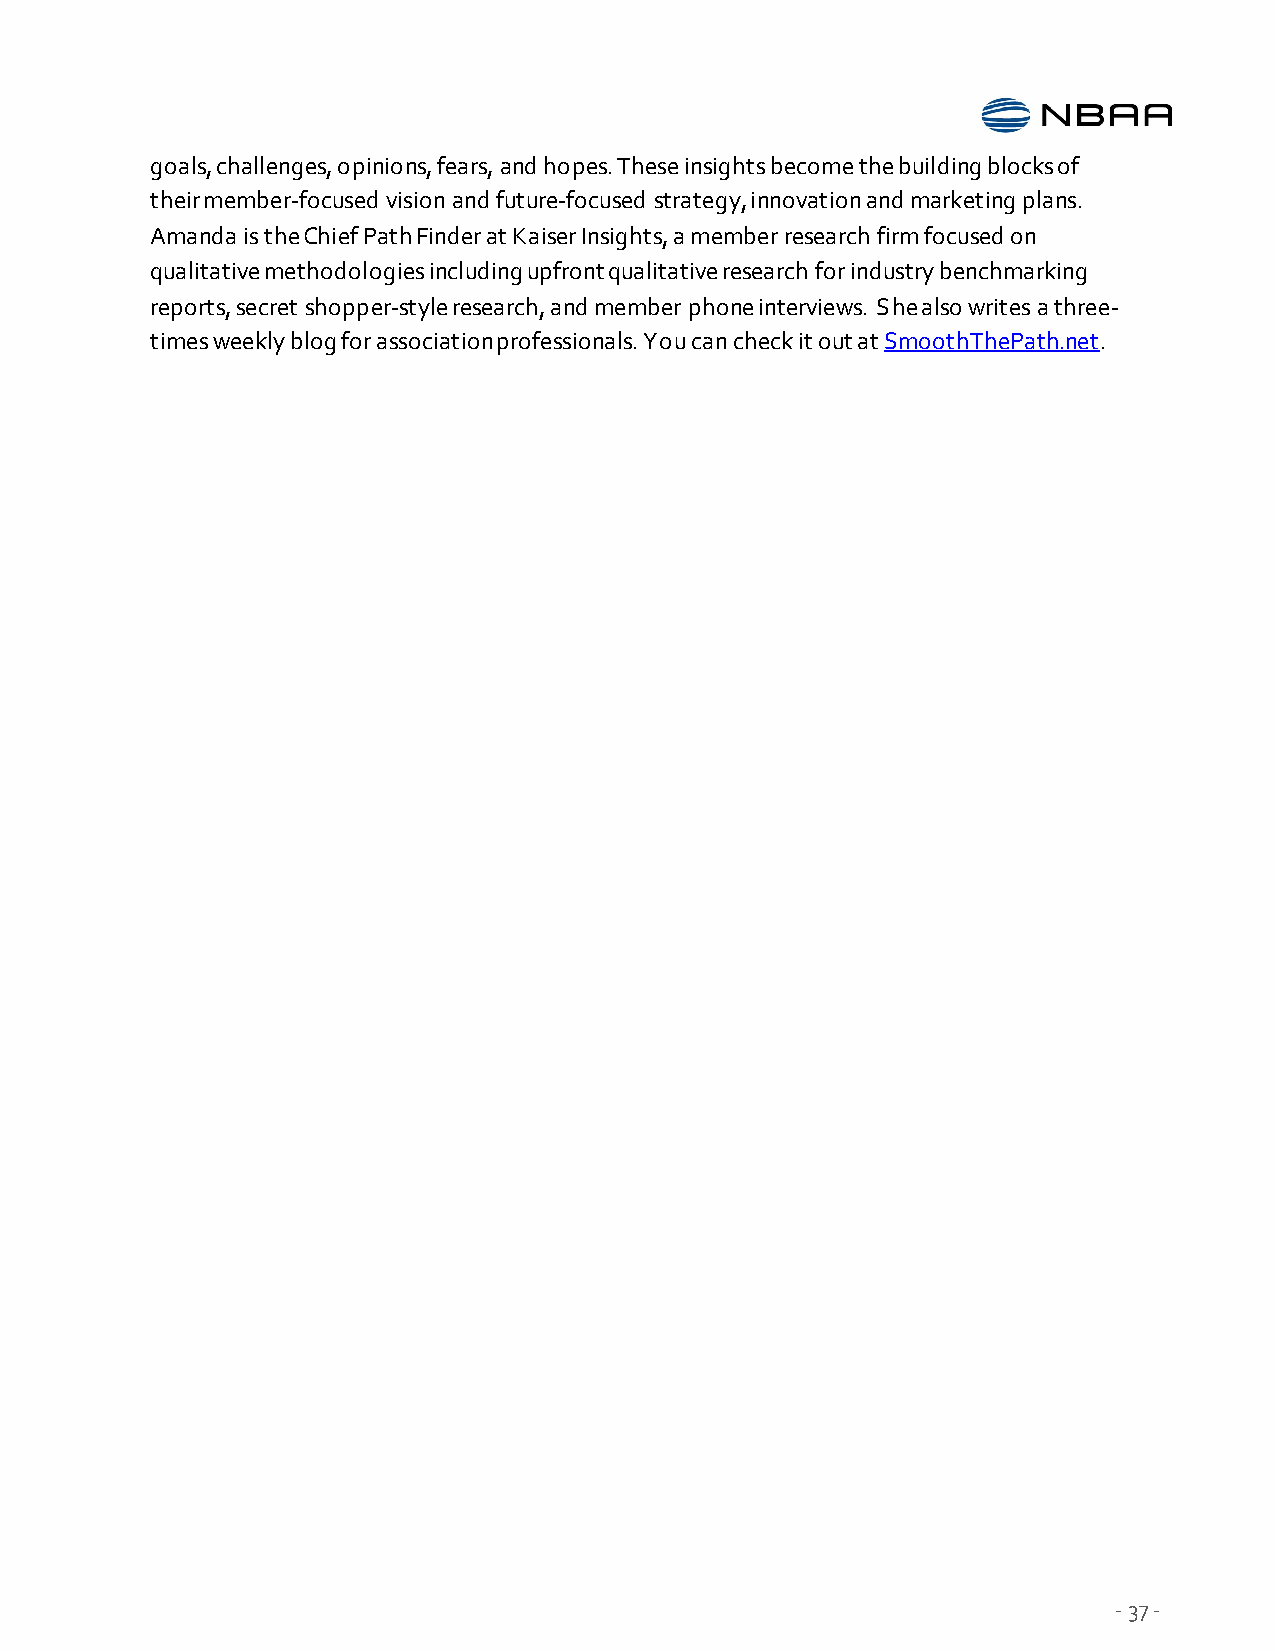
goals, challenges, opinions, fears, and hopes. These insights become the building blocks of
 their member-focused vision and future-focused strategy, innovation and marketing plans.
 Amanda is the Chief Path Finder at Kaiser Insights, a member research firm focused on
 qualitative methodologies including upfront qualitative research for industry benchmarking
 reports, secret shopper-style research, and member phone interviews. She also writes a three-
 times weekly blog for association professionals. You can check it out at SmoothThePath.net.
 - 37 -